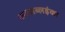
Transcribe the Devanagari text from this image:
कापाब्लइंका